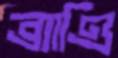
ব্র্যাণ্ডি